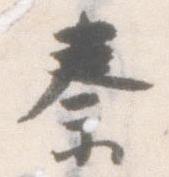
秦